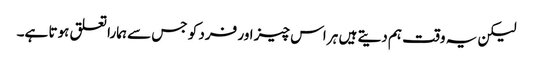
لیکن یہ وقت ہم دیتے ہیں ہر اس چیز اور فرد کو جس سے ہمارا تعلق ہوتا ہے۔